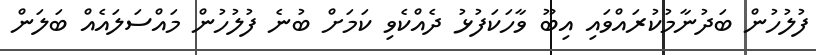
ފުލުހުން ބަދުނާމުކުރައްވައި އިބޫ ވާހަކަފުޅު ދެއްކެވި ކަމަށް ބުނެ ފުލުހުން މައްސަލައެއް ބަލަން